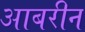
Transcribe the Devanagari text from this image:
आबरीन